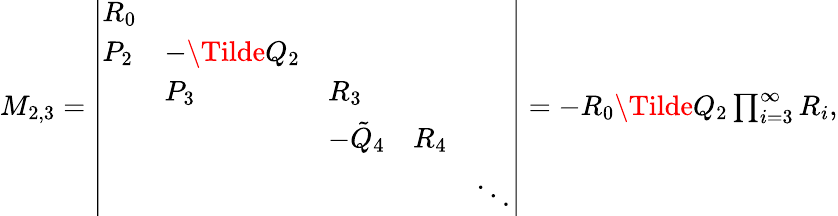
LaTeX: \begin{array}{r}{M_{2,3}=\left|\begin{array}{lllll}{R_{0}}&&&&\\ {P_{2}}&{-\Tilde{Q}_{2}}&&&\\ &{P_{3}}&{R_{3}}&&\\ &&{-\tilde{Q}_{4}}&{R_{4}}&\\ &&&&{\ddots}\end{array}\right|=-R_{0}\Tilde{Q}_{2}\prod_{i=3}^{\infty}R_{i},}\end{array}